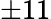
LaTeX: \pm 11